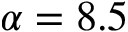
\alpha = 8 . 5